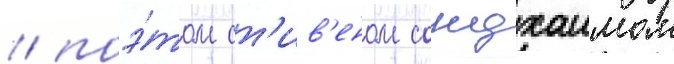
/ поэ́том ст'ив'еном сондхаимом